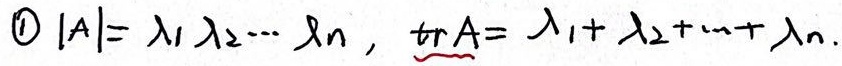
\textcircled{1} \(\vert A\vert=\lambda_{1}\lambda_{2}\cdots\lambda_{n}\)，\(\mathrm{tr}A = \lambda_{1}+\lambda_{2}+\cdots+\lambda_{n}\)。